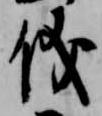
儀